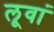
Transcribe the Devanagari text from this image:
लूवां